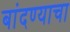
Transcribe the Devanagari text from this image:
बांदण्याचा